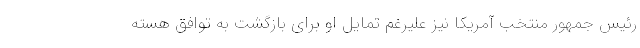
رئیس جمهور منتخب آمریکا نیز علیرغم تمایل او برای بازگشت به توافق هسته